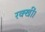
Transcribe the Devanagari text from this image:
रक्खीं।